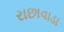
રાછાવાડા